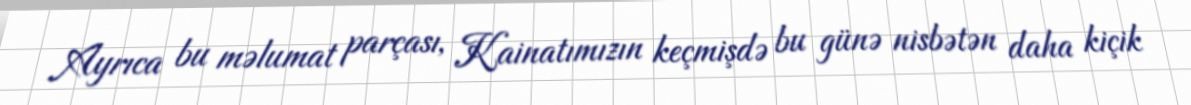
Ayrıca bu məlumat parçası, Kainatımızın keçmişdə bu günə nisbətən daha kiçik